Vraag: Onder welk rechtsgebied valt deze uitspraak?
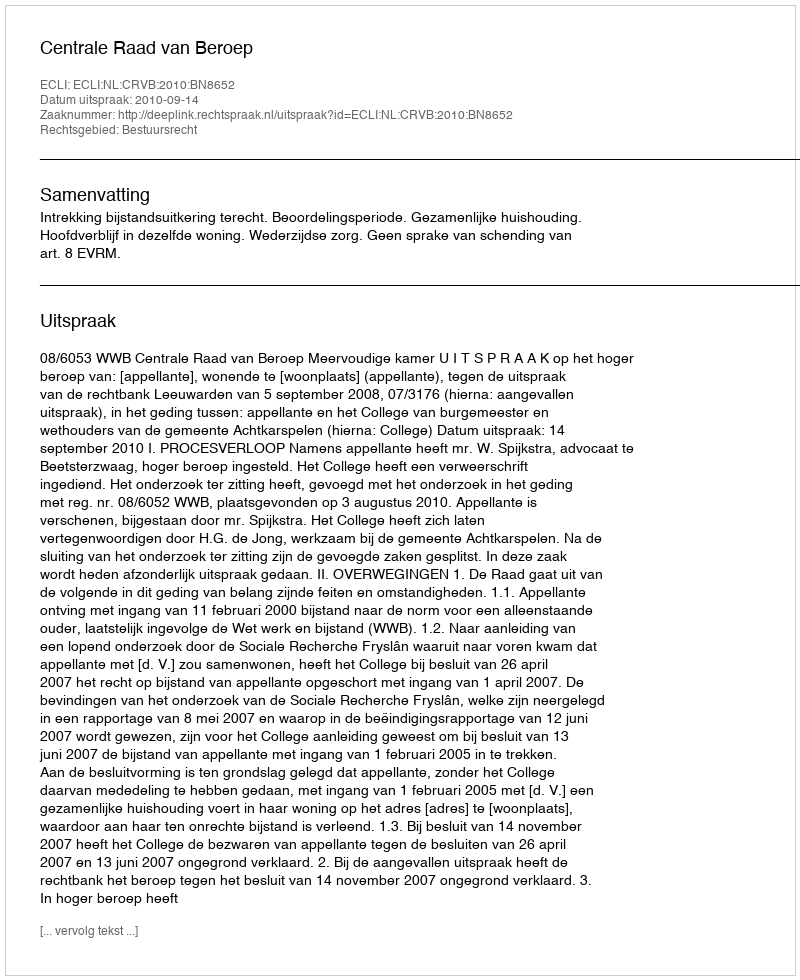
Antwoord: Bestuursrecht